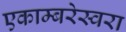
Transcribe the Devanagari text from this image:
एकाम्बरेस्वरा